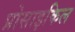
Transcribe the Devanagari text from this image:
प्रोसाइकिल